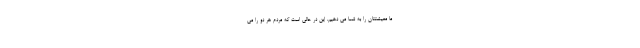
ما معیشتتان را به شما می دهیم. این در حالی است که مردم هر دو را می